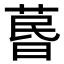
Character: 𦳜